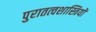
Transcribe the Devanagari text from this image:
पुरातत्‍वशास्त्रियों